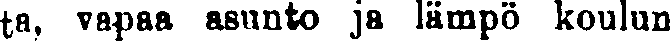
ta, vapaa asunto ja lämpö koulun